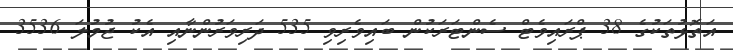
އަތޮޅުތަކުގެ 38 ޕްރައިވެޓް ސެންޓަރަކުން ބައިވެރިވި 535 ދަރިވަރުންނާއި އެކު ޖުމުލަ 3536